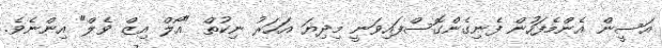
އަސީން އެންމެފަހުން ފެނިގެންގޮސްފައިވަނީ މިދިޔަ އަހަރު ނިކުތް "އޯލް އިޒް ވެލް" އިންނެވެ.